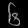
Digit: ၆